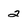
Character: 2